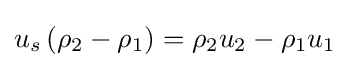
u_{s}\left(\rho _{2}-\rho _{1}\right)=\rho _{2}u_{2}-\rho _{1}u_{1}